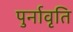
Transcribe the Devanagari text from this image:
पुर्नावृति